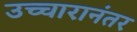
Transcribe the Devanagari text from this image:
उच्चारानंतर